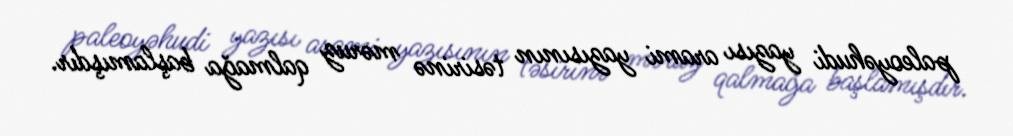
paleoyəhudi yazısı arami yazısının təsirinə məruz qalmağa başlamışdır.